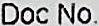
DOC NO.